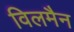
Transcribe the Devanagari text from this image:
विलमैन